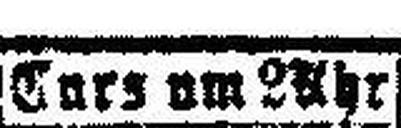
Curs um 2 Uhr